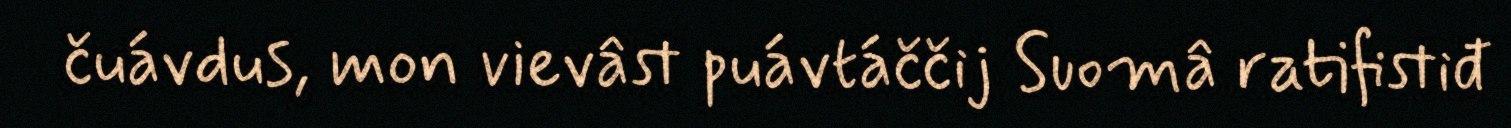
čuávdus, mon vievâst puávtáččij Suomâ ratifistiđ